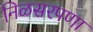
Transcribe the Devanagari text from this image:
निळसरपणा